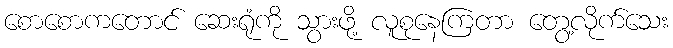
စောစောကတောင် ဆေးရုံကို သွားဖို့ လူစုနေကြတာ တွေ့လိုက်သေး